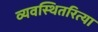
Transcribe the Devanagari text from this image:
व्यवस्थितरित्या